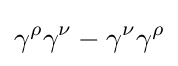
\gamma ^{\rho }\gamma ^{\nu }-\gamma ^{\nu }\gamma ^{\rho }